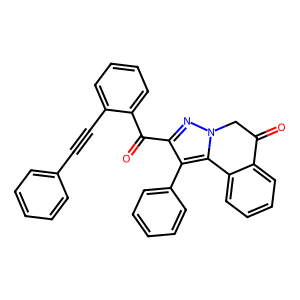
SMILES: O=C1Cn2nc(C(=O)c3ccccc3C#Cc3ccccc3)c(-c3ccccc3)c2-c2ccccc21
Inhibits HIV replication: No